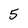
Character: 5